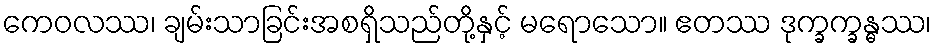
ကေဝလဿ၊ ချမ်းသာခြင်းအစရှိသည်တို့နှင့် မရောသော။ ဧတဿ ဒုက္ခက္ခန္ဓဿ၊